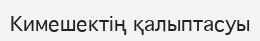
Кимешектің қалыптасуы